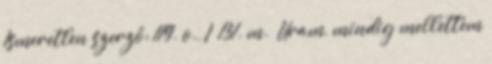
Ismeretlen szerző: 119. o., I 131. m. „Uram, mindig mellettem